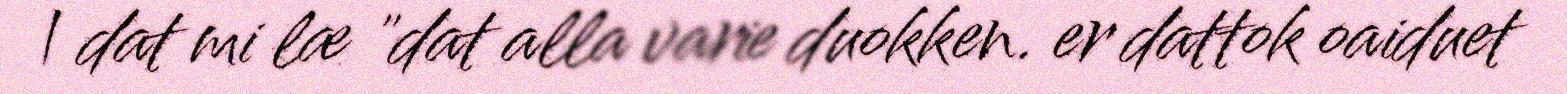
| dat mi læ "dat alla varie duokken. er dattok oaiduet